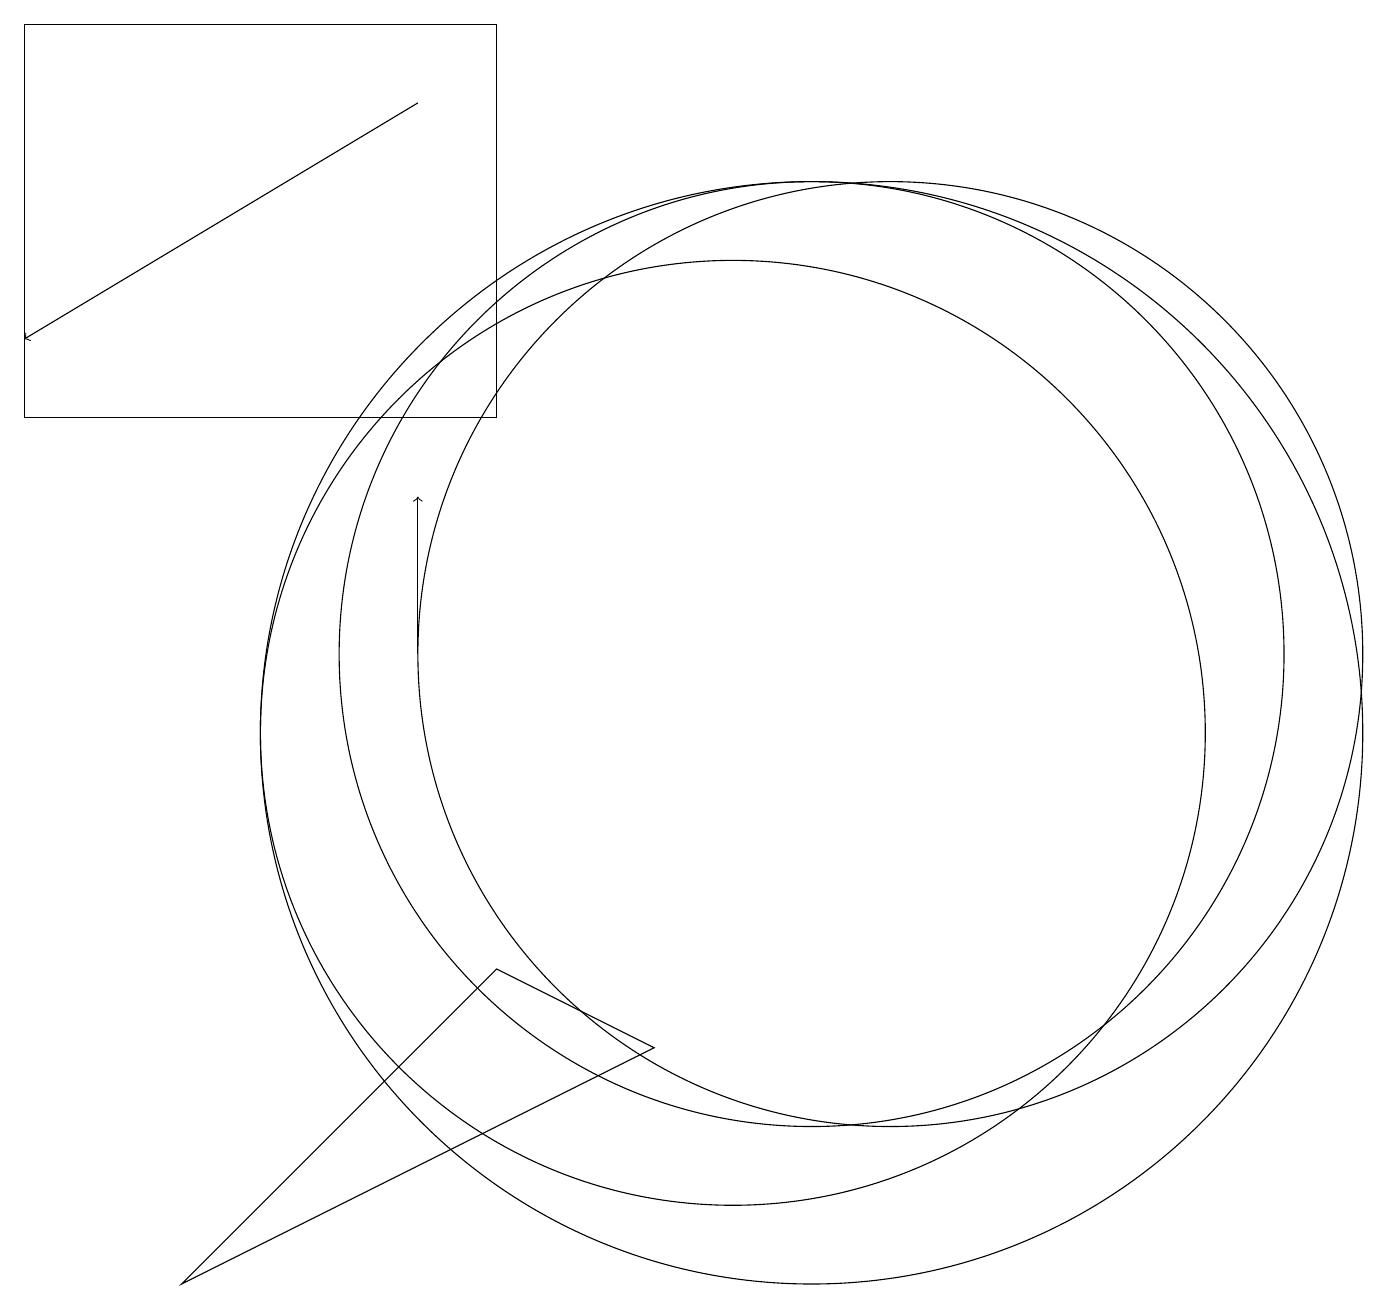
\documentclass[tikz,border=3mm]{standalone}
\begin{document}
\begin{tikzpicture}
\draw (7,14) rectangle (1,19);
\draw (11,10) circle (7);
\draw (12,11) circle (6);
\draw[->] (6,18) -- (1,15);
\draw (10,10) circle (6);
\draw (11,11) circle (6);
\draw[->] (6,11) -- (6,13);
\draw (7,7) -- (9,6) -- (3,3) -- cycle;
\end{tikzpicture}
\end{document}